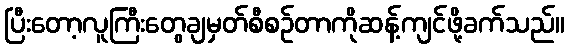
ပြီးတော့လူကြီးတွေချမှတ်စီစဉ်တာကိုဆန့်ကျင်ဖို့ခက်သည်။